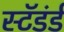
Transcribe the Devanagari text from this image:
स्टॅडंर्ड